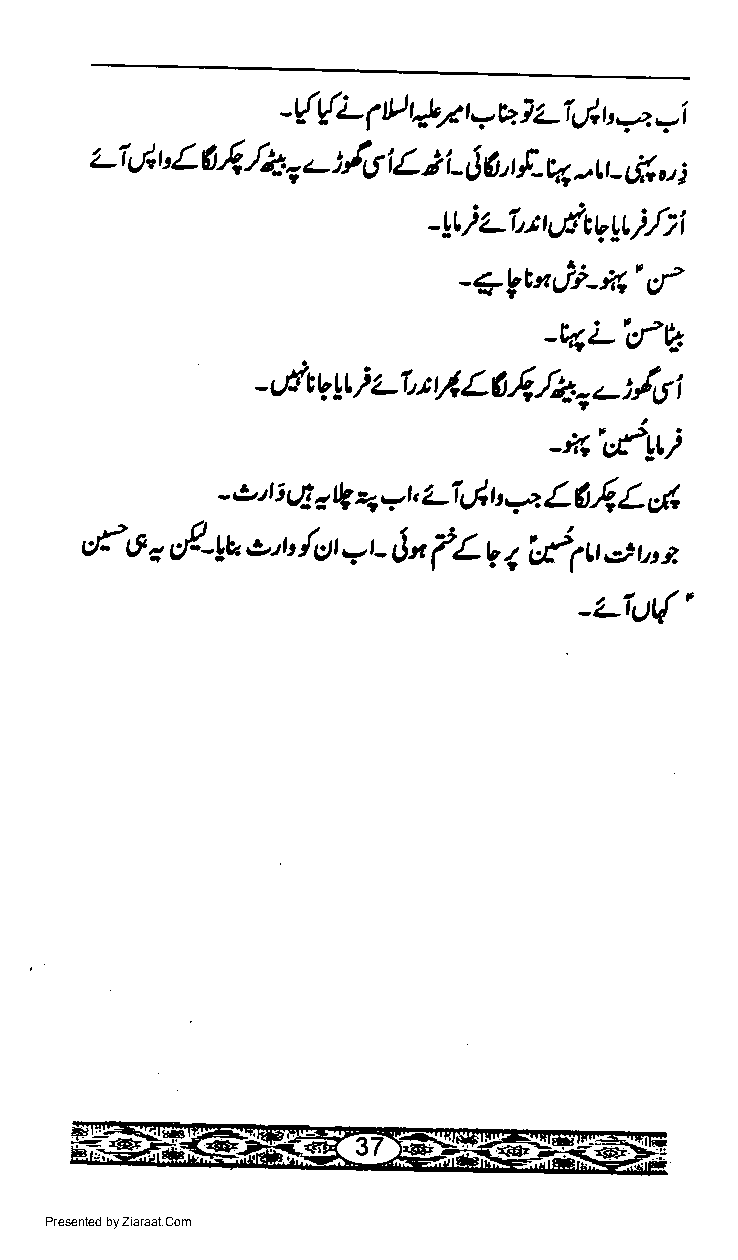
-{{L    p4     j
 j              1 ttl  _ h LT & t, \4 r,i
 z-i  r' L6.$,r4. - $6 | L ; i _ $ 6, t f_ c4 -u _ .f , - ;
 "
 -!tlz7,ru-&vui,./;i
 _+kl'zj;_d'cr-
 -qLs-V
 - dt V lt i z-t t y', 26 y', /*-= -,16 i
 _,i(itLLi
 j
 -,t j iE.' IE E r -k'z-l,J, t' * L6,4 L &
 oJtt.,f-Lt,.t,t,/c)r*t_[,n-lLVqdlrt:.ir,tt
 _tiu{.
 Presented by Ziaraat.Com